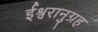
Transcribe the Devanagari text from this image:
ईश्वरानुग्रह